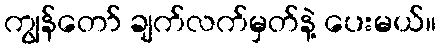
ကျွန်တော် ချက်လက်မှတ်နဲ့ ပေးမယ်။